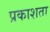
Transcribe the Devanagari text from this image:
प्रकाशता